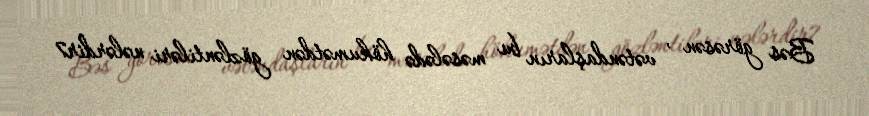
Bəs görəsən , vətəndaşların bu məsələdə hökumətdən gözləntiləri nələrdir7